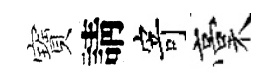
寶請寄稾